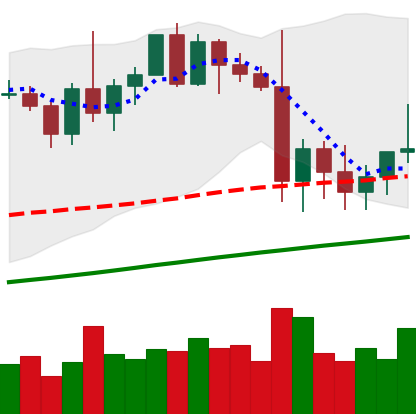
Ticker: XMR-USD
Chart end date: 2021-01-07
Forward return: 10.254%
Label: up_7plus